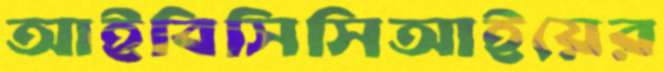
আইবিসিসিআইয়ের